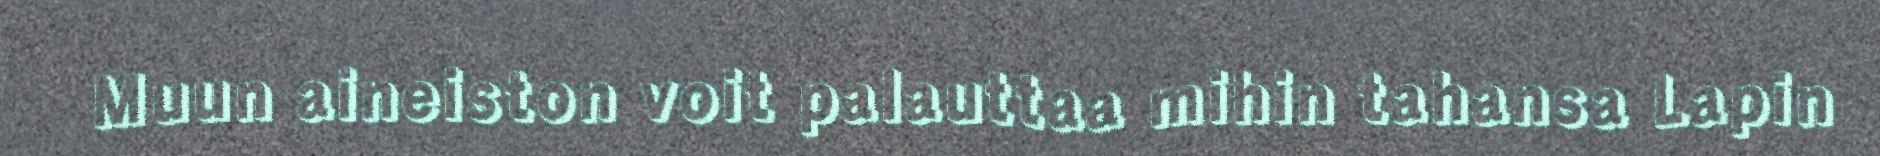
Muun aineiston voit palauttaa mihin tahansa Lapin